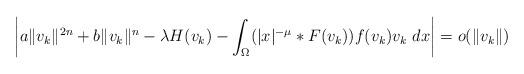
LaTeX: \begin{align*}\left| a\|v_k\|^{2n}+b \|v_k\|^n -\lambda H(v_k)- \int_{\Omega}(|x|^{-\mu}* F(v_k))f(v_k)v_k ~dx\right| =o(\|v_k\|)\end{align*}